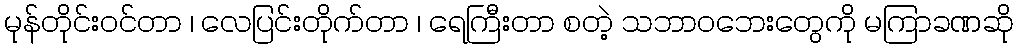
မုန်တိုင်းဝင်တာ ၊ လေပြင်းတိုက်တာ ၊ ရေကြီးတာ စတဲ့ သဘာဝဘေးတွေကို မကြာခဏဆို